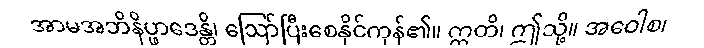
အာမအဘိနိပ္ဖာဒေန္တိ၊ ဩော်ပြီးစေနိုင်ကုန်၏။ ဣတိ၊ ဤသို့။ အဝေါစ၊